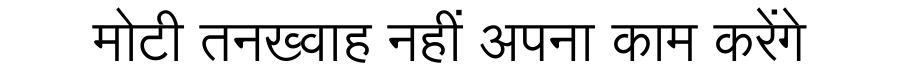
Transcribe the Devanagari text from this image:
मोटी तनख्वाह नहीं अपना काम करेंगे